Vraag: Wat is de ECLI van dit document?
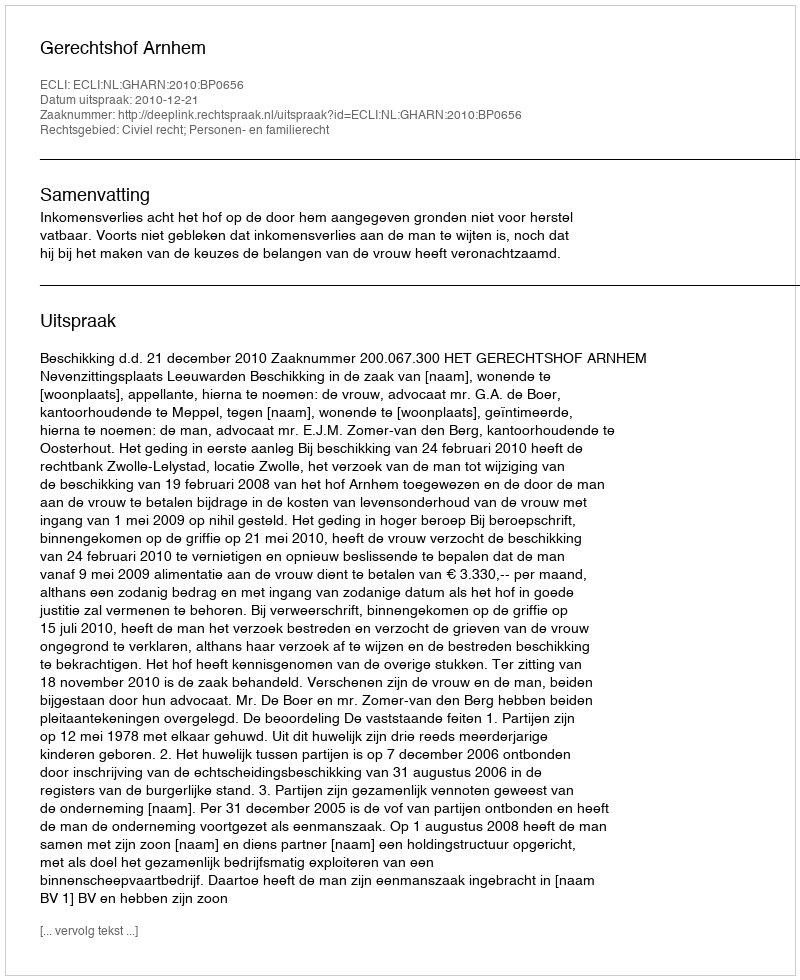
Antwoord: ECLI:NL:GHARN:2010:BP0656